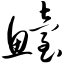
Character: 鲐